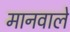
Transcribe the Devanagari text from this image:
मानवाले